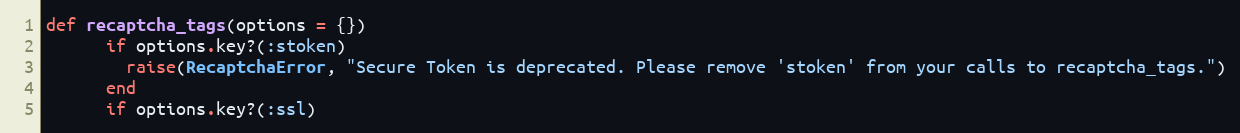
Language: Ruby
def recaptcha_tags(options = {})
      if options.key?(:stoken)
        raise(RecaptchaError, "Secure Token is deprecated. Please remove 'stoken' from your calls to recaptcha_tags.")
      end
      if options.key?(:ssl)